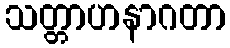
သတ္တာဟနာဂတာ